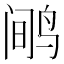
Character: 𲍻